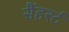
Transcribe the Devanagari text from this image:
सैंहर्स्ट